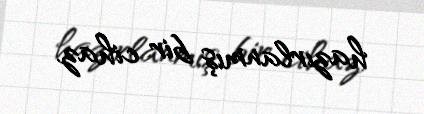
hazırlanmış bir cihaz.